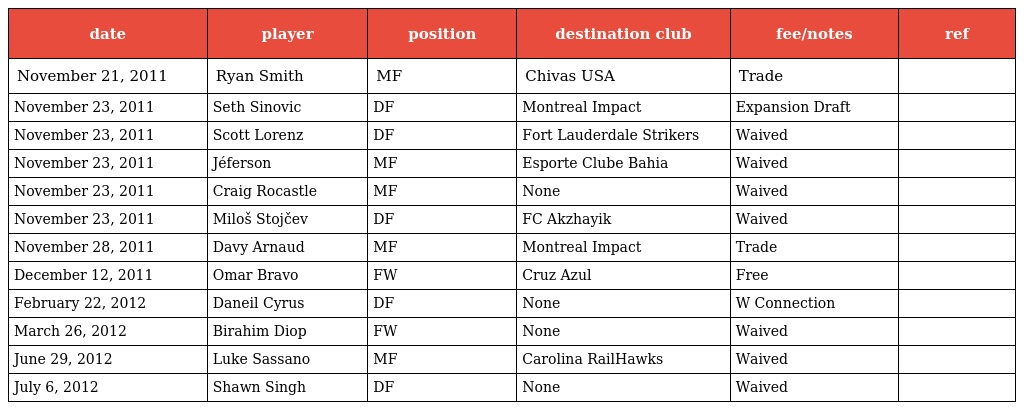
| date | player | position | destination club | fee/notes | ref |
 | --- | --- | --- | --- | --- | --- |
 | November 21, 2011 | Ryan Smith | MF | Chivas USA | Trade |  |
 | November 23, 2011 | Seth Sinovic | DF | Montreal Impact | Expansion Draft |  |
 | November 23, 2011 | Scott Lorenz | DF | Fort Lauderdale Strikers | Waived |  |
 | November 23, 2011 | Jéferson | MF | Esporte Clube Bahia | Waived |  |
 | November 23, 2011 | Craig Rocastle | MF | None | Waived |  |
 | November 23, 2011 | Miloš Stojčev | DF | FC Akzhayik | Waived |  |
 | November 28, 2011 | Davy Arnaud | MF | Montreal Impact | Trade |  |
 | December 12, 2011 | Omar Bravo | FW | Cruz Azul | Free |  |
 | February 22, 2012 | Daneil Cyrus | DF | None | W Connection |  |
 | March 26, 2012 | Birahim Diop | FW | None | Waived |  |
 | June 29, 2012 | Luke Sassano | MF | Carolina RailHawks | Waived |  |
 | July 6, 2012 | Shawn Singh | DF | None | Waived |  |